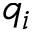
q _ { i }